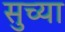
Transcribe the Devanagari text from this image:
सुच्या